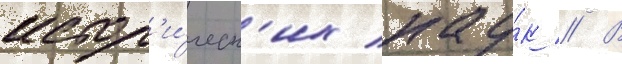
истор'и́ческ'их нау́к // В